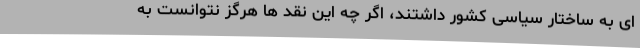
ای به ساختار سیاسی کشور داشتند، اگر چه این نقد ها هرگز نتوانست به